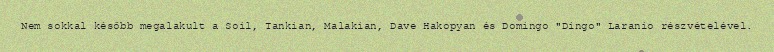
Nem sokkal később megalakult a Soil, Tankian, Malakian, Dave Hakopyan és Domingo "Dingo" Laranio részvételével.